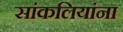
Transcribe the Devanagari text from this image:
सांकलियांना